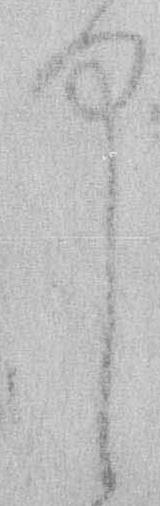
中